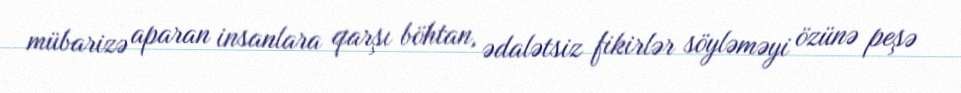
mübarizə aparan insanlara qarşı böhtan, ədalətsiz fikirlər söyləməyi özünə peşə